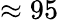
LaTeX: \approx 95